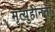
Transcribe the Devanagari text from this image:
मृत्युहीनता